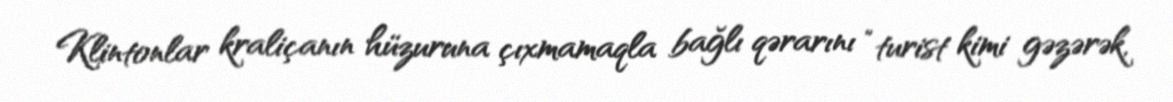
Klintonlar kraliçanın hüzuruna çıxmamaqla bağlı qərarını “turist kimi gəzərək,